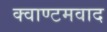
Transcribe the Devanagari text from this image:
क्वाण्टमवाद